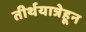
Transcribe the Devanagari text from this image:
तीर्थयात्रेहून